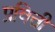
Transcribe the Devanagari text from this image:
प्रवित्ती